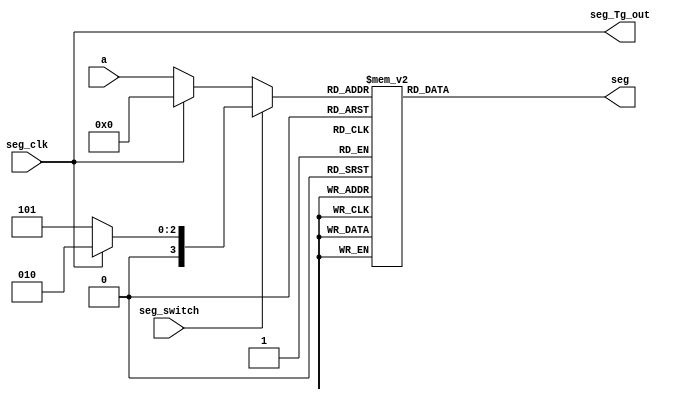
`timescale 1ns / 1ps
//////////////////////////////////////////////////////////////////////////////////
// Company: 
// Engineer: 
// 
// Design Name: 
// Module Name:    vsevenseg 
// Project Name: 
// Target Devices: 
// Tool versions: 
// Description: 
//
// Dependencies: 
//
// Revision: 
// Revision 0.01 - File Created
// Additional Comments: 
//
//////////////////////////////////////////////////////////////////////////////////
module sevenseg(
    input [3:0] a, 
	 input seg_clk, seg_switch,
	 output seg_Tg_out,
    output reg [6:0] seg
    );

// ******* EDIT the seat number below ******* //
wire [3:0] seat_Hi =4'd2;	// the High number (decimal 2)
wire [3:0] seat_Lo =4'd5;	// the Low number (decimal 5)
// ***************************************** //

wire [3:0] num, num1, num2;

assign num1 = seg_clk ? 4'd0 : a; 
assign num2 = seg_clk ? seat_Hi : seat_Lo; // toggle between seat number
assign num = ~seg_switch ? num1 : num2; 	// state should be displayed if no sel button pressed
assign seg_Tg_out = seg_clk;	// the output to control the toggling of the 7 seg displays (

always @*
begin
	case (num)
		4'd0 : seg = 7'b0111111;
		4'd1 : seg = 7'b0000110;
		4'd2 : seg = 7'b1011011;
		4'd3 : seg = 7'b1001111;
		4'd4	:	seg = 7'b1100110;
		4'd5	:	seg = 7'b1101101;
		4'd6	:	seg = 7'b1111101;
		4'd7	:	seg = 7'b0000111;
		4'd8	:	seg = 7'b1111111;
		4'd9	:	seg = 7'b1101111;
		4'd10	:	seg = 7'b1110111;
		4'd11	:	seg = 7'b1111100;
		4'd12	:	seg = 7'b1011000;
		4'd13	:	seg = 7'b1011110;
		4'd14	:	seg = 7'b1111001;
		4'd15	:	seg = 7'b1110001;
		default:	seg = 7'b0000000;
	endcase
end

endmodule